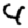
Digit: 4